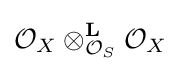
{\mathcal {O}}_{X}\otimes _{{\mathcal {O}}_{S}}^{\mathbf {L} }{\mathcal {O}}_{X}